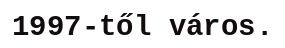
1997-től város.